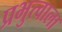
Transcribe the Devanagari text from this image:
प्रभुत्वाला